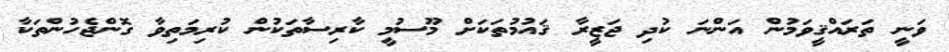
ވަނީ ތަރައްޤީވަމުން އަންނަ ކުދި ޖަޒީރާ ޤައުމުތަކަށް މޫސުމީ ކާރިސާތަކުން ކުރިމަތިވާ ގޮންޖެހުންތަކާ